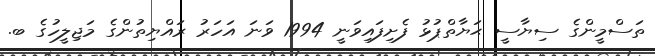
ތަސްމީންގެ ސިޔާސީ ޙަޔާތްޕުޅު ފެށިފައިވަނީ 1994 ވަނަ އަހަރު ރައްޔިތުންގެ މަޖިލީހުގެ ބ.